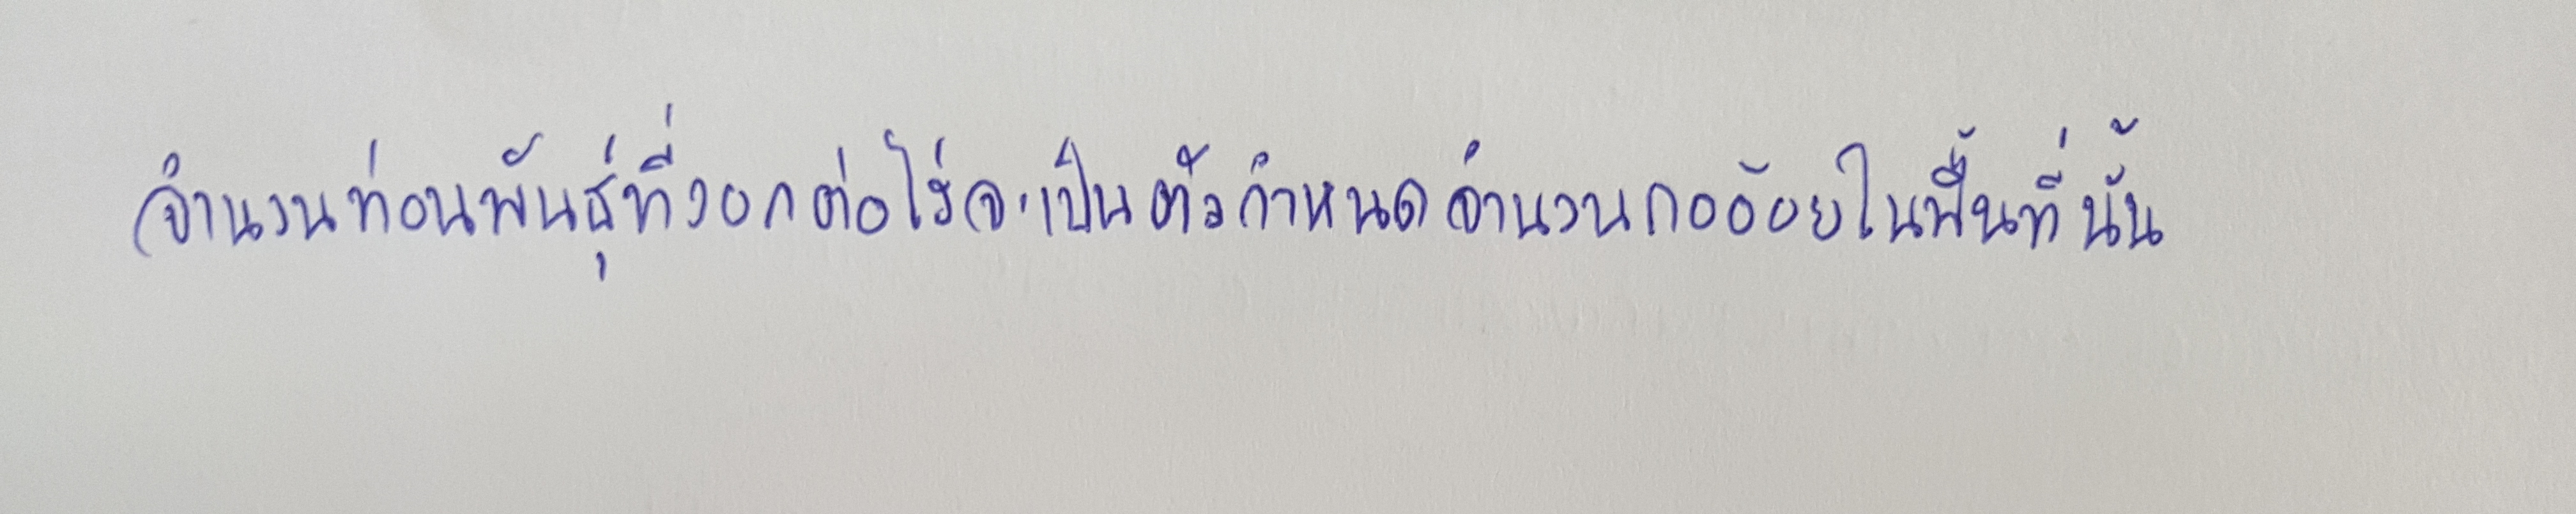
จำนวนท่อนพันธุ์ที่งอกต่อไร่จะเป็นตัวกำหนดจำนวนกออ้อยในพื้นที่นั้น